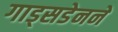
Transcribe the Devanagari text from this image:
गाड्सडेनने